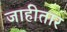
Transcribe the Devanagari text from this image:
जाहीतार